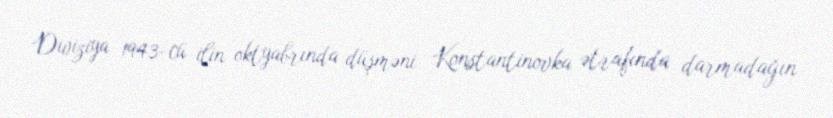
Diviziya 1943-cü ilin oktyabrında düşməni Konstantinovka ətrafında darmadağın